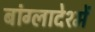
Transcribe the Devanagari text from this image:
बांग्लादेश्में